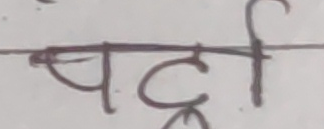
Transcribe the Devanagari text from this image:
पट्टी